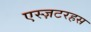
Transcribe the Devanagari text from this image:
एस्ज़टरहस